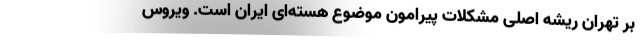
بر تهران ریشه اصلی مشکلات پیرامون موضوع هسته‌ای ایران است. ویروس